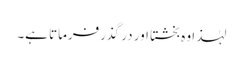
لہٰذا وہ بخشتا اور در گذرفرماتا ہے۔